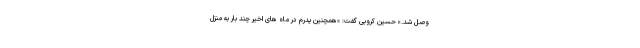
وصل شد.» حسین کروبی گفت: «همچنین پدرم در ماه های اخیر چند بار به منزل